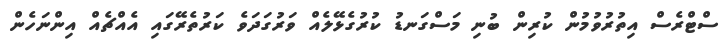
ސްޓްރެސް އިތުރުވުމުން ކުރިން ބުނި މަސްގަނޑު ކުރުގެޅޭލެއް ވަރުގަދަވެ ކަރުތެރޭގައި އެއްޗެއް އިންނަހެން